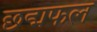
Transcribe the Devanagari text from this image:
छद्मफल